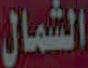
الشمال